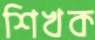
শিখক